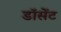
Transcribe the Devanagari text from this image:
डॉसेंट